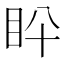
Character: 𥄖